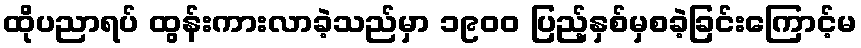
ထိုပညာရပ် ထွန်းကားလာခဲ့သည်မှာ ၁၉၀၀ ပြည့်နှစ်မှစခဲ့ခြင်းကြောင့်မ